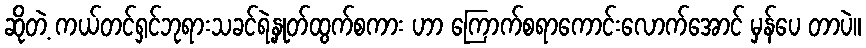
ဆိုတဲ့ ကယ်တင်ရှင်ဘုရားသခင်ရဲ့နှုတ်ထွက်စကား ဟာ ကြောက်စရာကောင်းလောက်အောင် မှန်ပေ တာပဲ။